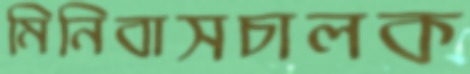
মিনিবাসচালক